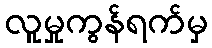
လူမှုကွန်ရက်မှ